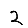
Digit: 2